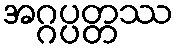
အဂ္ဂပ္ပတ္တဿ